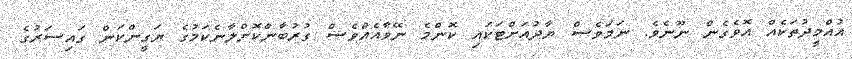
އުއްމީދުތަކެއް އޮވެގެން ނޫނެވެ. ނަމަވެސް ޔާދުއަށްޓަކައި ކޮންމެ ނޭވާއެއްވެސް ގުރުބާންކޮށްލާނެކަމުގެ ޔަގީންކަން ގައިސަރުގެ